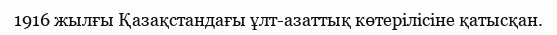
1916 жылғы Қазақстандағы ұлт-азаттық көтерілісіне қатысқан.